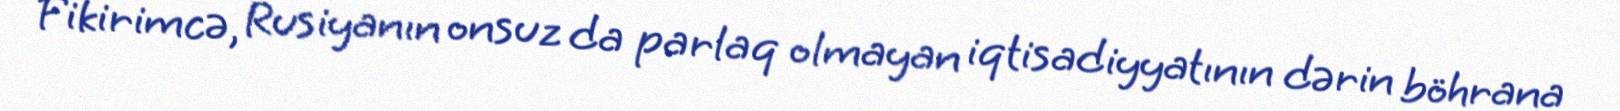
Fikirimcə, Rusiyanın onsuz da parlaq olmayan iqtisadiyyatının dərin böhrana